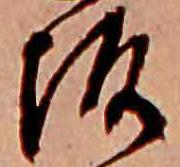
坂